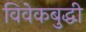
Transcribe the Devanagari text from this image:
विवेकबुद्धी